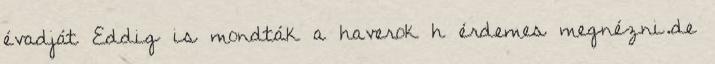
évadját Eddig is mondták a haverok h érdemes megnézni.de